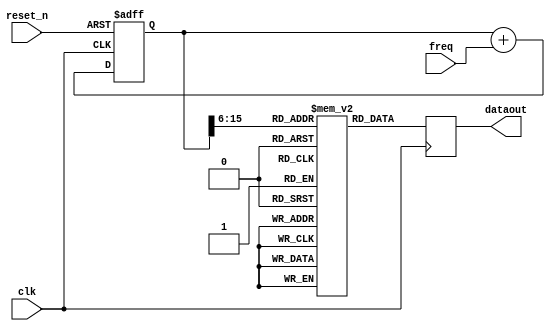
module Sin_Generator(clk,
                     reset_n,
							freq,
							dataout
                     );
input clk;
input reset_n;
input [15:0] freq;
output reg [15:0] dataout;
(* ram_init_file = "sintable.mif" *) reg [15:0] sintable [1023:0];

reg [15:0] freq_counter; 

always @(posedge clk) 
begin
       dataout <= sintable[freq_counter[15:6]];
end


always @(posedge clk or negedge reset_n)
begin
    if(!reset_n)
	    freq_counter <= 16'b0;
	 else
	    freq_counter <= freq_counter + freq;
end
endmodule